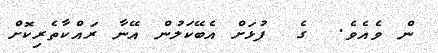
ން ވެއެވެ.  ގެ  ފުޅަށް އެބޭކަލުން އޭނާ ރައްކާތެރިކޮށް